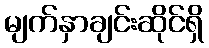
မျက်နှာချင်းဆိုင်ရှိ